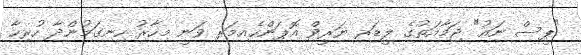
"ޕީސް ނައު" ޖަމާއަތުގެ ލީޑަރ ޔަރީވް އޮޕަންހެއިމަރ ވަނީ މިހާރު ހިނގަމުންދާ ހުރިހާ